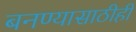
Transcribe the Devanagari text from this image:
बनण्यासाठीही